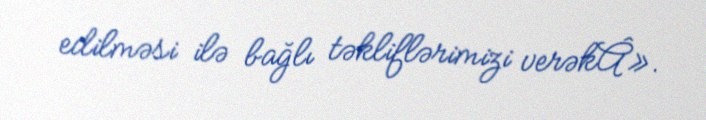
edilməsi ilə bağlı təkliflərimizi verəkÂ».